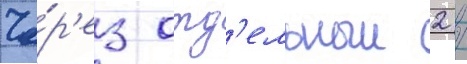
Че́р'ез отд'ельныи 2 /